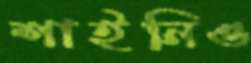
শাইনিও